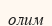
олим